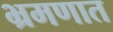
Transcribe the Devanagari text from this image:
भ्रमणात